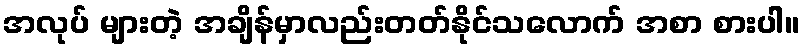
အလုပ် များတဲ့ အချိန်မှာလည်းတတ်နိုင်သလောက် အစာ စားပါ။